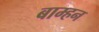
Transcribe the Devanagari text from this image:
बाम्हन